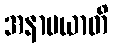
အနာမယာတိ